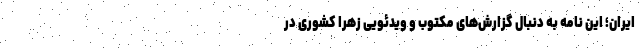
ایران؛ این نامه به‌ دنبال گزارش‌های مکتوب و ویدئویی زهرا کشوری در